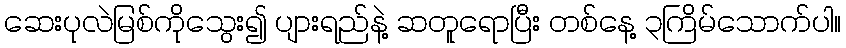
ဆေးပုလဲမြစ်ကိုသွေး၍ ပျားရည်နဲ့ ဆတူရောပြီး တစ်နေ့ ၃ကြိမ်သောက်ပါ။